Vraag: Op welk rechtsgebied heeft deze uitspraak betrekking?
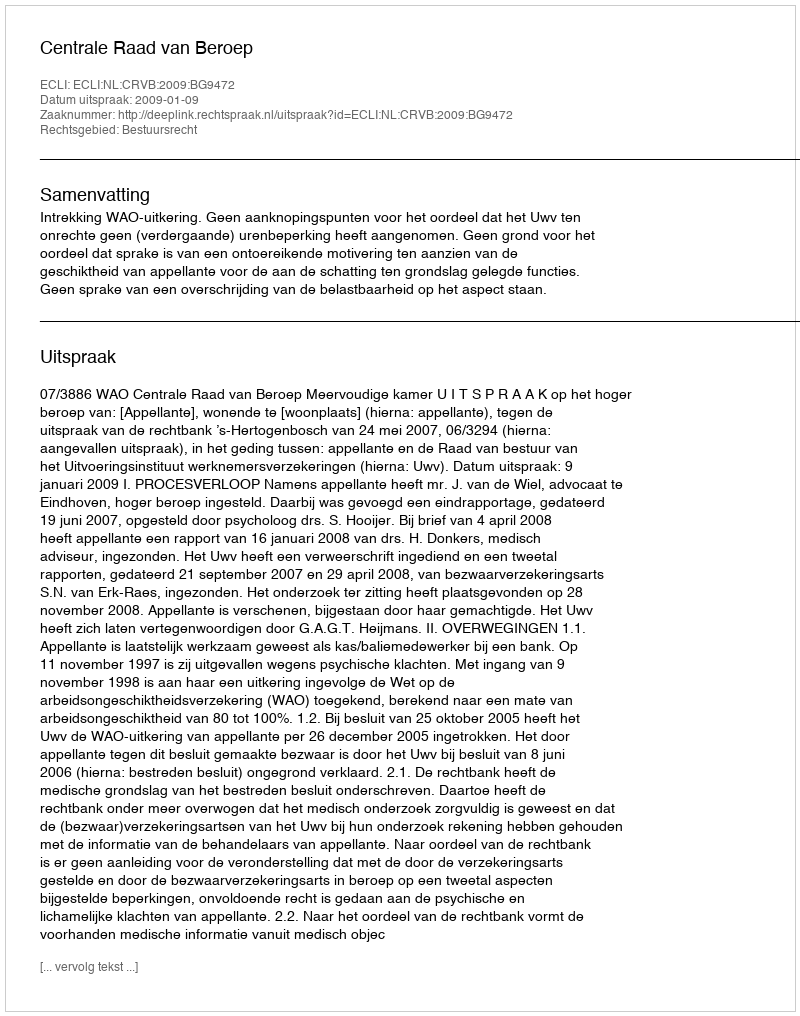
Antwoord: Bestuursrecht